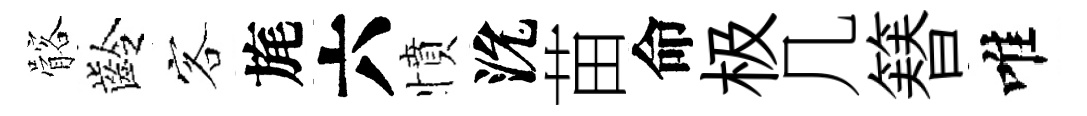
髂齡客旄六憤沇苗命极几簮唯